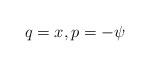
LaTeX: \begin{align*} q = x, p = -\psi\end{align*}